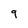
Character: 9